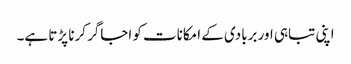
اپنی تباہی اور بربادی کے امکانات کو اجاگر کرنا پڑتا ہے۔